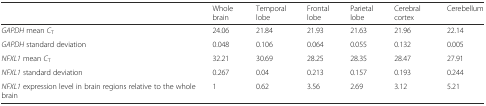
<table><thead><tr><td></td><td><b>Whole brain</b></td><td><b>Temporal lobe</b></td><td><b>Frontal lobe</b></td><td><b>Parietal lobe</b></td><td><b>Cerebral cortex</b></td><td><b>Cerebellum</b></td></tr></thead><tbody><tr><td><i>GAPDH</i> mean <i>C</i><sub>T</sub></td><td>24.06</td><td>21.84</td><td>21.93</td><td>21.63</td><td>21.96</td><td>22.14</td></tr><tr><td><i>GAPDH</i> standard deviation</td><td>0.048</td><td>0.106</td><td>0.064</td><td>0.055</td><td>0.132</td><td>0.005</td></tr><tr><td><i>NFXL1</i> mean <i>C</i><sub>T</sub></td><td>32.21</td><td>30.69</td><td>28.25</td><td>28.35</td><td>28.47</td><td>27.91</td></tr><tr><td><i>NFXL1</i> standard deviation</td><td>0.267</td><td>0.04</td><td>0.213</td><td>0.157</td><td>0.193</td><td>0.244</td></tr><tr><td><i>NFXL1</i> expression level in brain regions relative to the whole brain</td><td>1</td><td>0.62</td><td>3.56</td><td>2.69</td><td>3.12</td><td>5.21</td></tr></tbody></table>